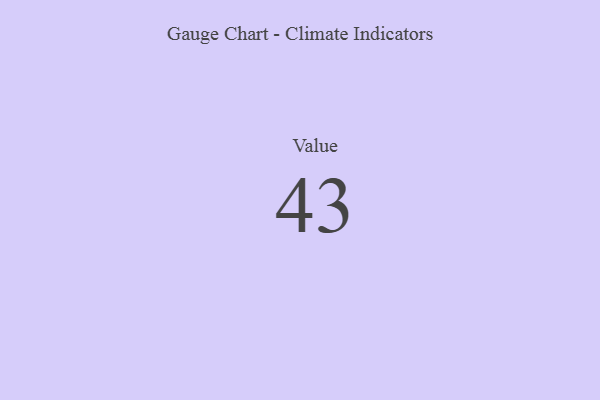
{"axis": {"x": "Metric", "y": "Value"}, "legend": [""], "data": [{"x": "Value", "y": 43, "type": ""}]}